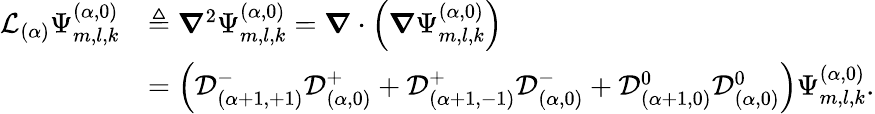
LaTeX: \begin{array}{rl}{\mathcal{L}_{(\alpha)}\Psi_{m,l,k}^{(\alpha,0)}}&{\triangleq\boldsymbol{\nabla}^{2}\Psi_{m,l,k}^{(\alpha,0)}=\boldsymbol{\nabla}\cdot\left(\boldsymbol{\nabla}\Psi_{m,l,k}^{(\alpha,0)}\right)}\\ &{=\left(\mathcal{D}_{(\alpha+1,+1)}^{-}\mathcal{D}_{(\alpha,0)}^{+}+\mathcal{D}_{(\alpha+1,-1)}^{+}\mathcal{D}_{(\alpha,0)}^{-}+\mathcal{D}_{(\alpha+1,0)}^{0}\mathcal{D}_{(\alpha,0)}^{0}\right)\Psi_{m,l,k}^{(\alpha,0)}.}\end{array}